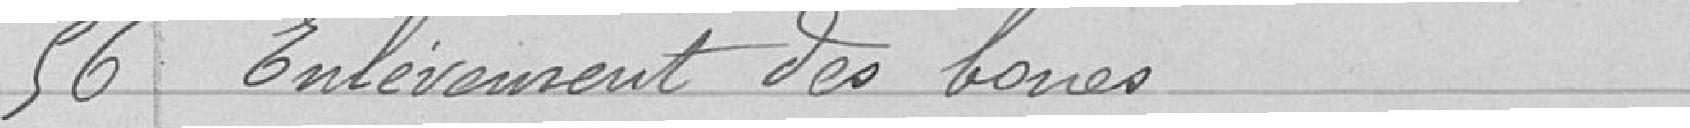
56 Enlèvement des boues